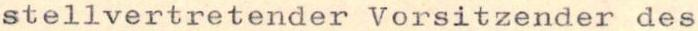
stellvertretender Vorsitzender des